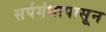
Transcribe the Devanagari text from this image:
सर्पगंधापासून